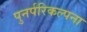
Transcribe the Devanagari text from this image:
पुनर्परिकल्पना